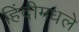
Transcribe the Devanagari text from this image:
हिंदीमधले